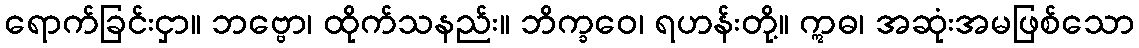
ရောက်ခြင်းငှာ။ ဘဗ္ဗော၊ ထိုက်သနည်း။ ဘိက္ခဝေ၊ ရဟန်းတို့။ ဣဓ၊ အဆုံးအမဖြစ်သော